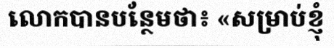
លោកបានបន្ថែមថា៖ «សម្រាប់ខ្ញុំ